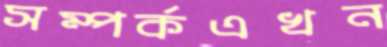
সম্পর্কএখন